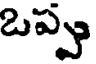
ఒప్పు